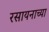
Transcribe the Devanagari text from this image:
रसायनाच्या